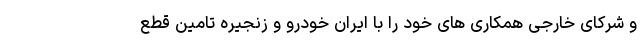
و شرکای خارجی همکاری های خود را با ایران خودرو و زنجیره تامین قطع